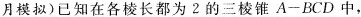
月模拟)已知在各棱长都为 2 的三棱锥 A-BCD 中，